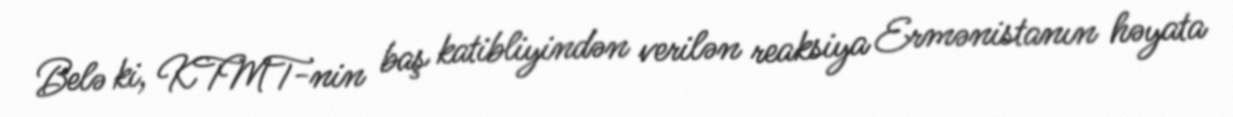
Belə ki, KTMT-nin baş katibliyindən verilən reaksiya Ermənistanın həyata